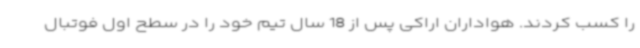
را کسب کردند. هواداران اراکی پس از 18 سال تیم خود را در سطح اول فوتبال